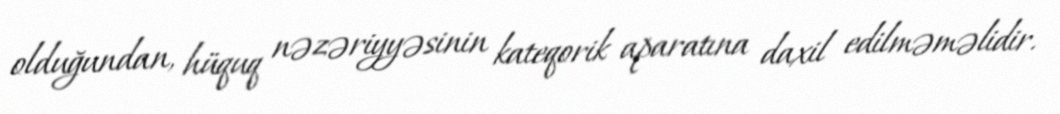
olduğundan, hüquq nəzəriyyəsinin kateqorik aparatına daxil edilməməlidir.